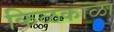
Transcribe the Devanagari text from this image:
किळकाळा